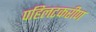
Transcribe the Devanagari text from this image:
पहिलटकरीण